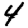
Digit: 4